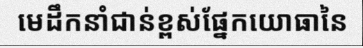
មេដឹកនាំជាន់ខ្ពស់ផ្នែកយោធានៃ